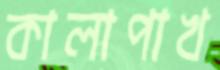
কালাপাখ